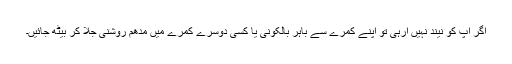
اگر آپ کو نیند نہیں آرہی تو اپنے کمرے سے باہر بالکونی یا کسی دوسرے کمرے میں مدھم روشنی جلا کر بیٹھ جائیں۔